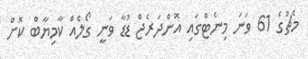
މެޗުގެ 61 ވަނަ މިނެޓްގައި އޮންދަރެޖް ޑުޑާ ވަނީ ގޯލެއް ކާމިޔާބް ކޮށް